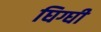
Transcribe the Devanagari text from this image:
घिग्घी